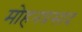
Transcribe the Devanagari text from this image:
मोहनप्रसाद